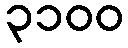
၃၁၀၀